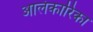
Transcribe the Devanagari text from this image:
आलंकारिका